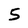
Character: 5